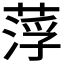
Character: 𦷰